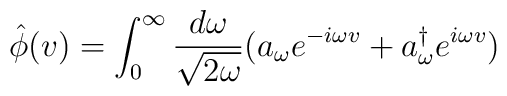
\hat{\phi}(v)= \int_{0}^{\infty} \frac{d \omega}{\sqrt{2 \omega}} (a_{\omega} e^{-i\omega v}+ a^{\dagger}_{\omega} e^{i\omega v})